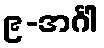
၉-အင်္ဂါ